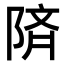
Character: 𫕅